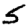
Digit: 5